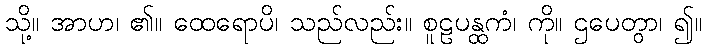
သို့။ အာဟ၊ ၏။ ထေရောပိ၊ သည်လည်း။ စူဠပန္ထကံ၊ ကို။ ဌပေတွာ၊ ၍။